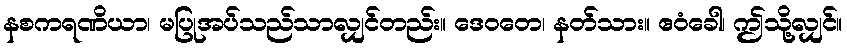
နစကရဏိယာ၊ မပြုအပ်သည်သာလျှင်တည်း။ ဒေဝတေ၊ နတ်သား။ ဧဝံခေါ၊ ဤသို့လျှင်။